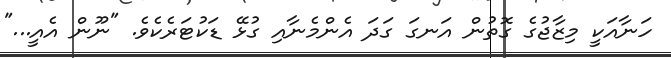
ހަނާއަކީ މިޒާޖުގެ ގޮތުން އަނގަ ގަދަ އެންމެނާއި ގުޅޭ ޑަކުޓަރެކެވެ. "ނޫން އެއީ..."